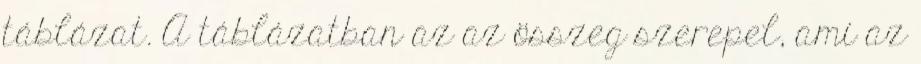
táblázat. A táblázatban az az összeg szerepel, ami az